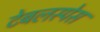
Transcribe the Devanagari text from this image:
टेबलस्पेस